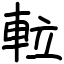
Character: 𨋢